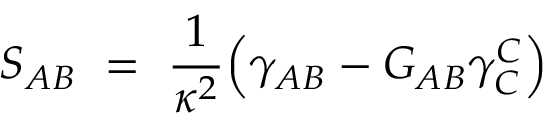
S _ { A B } \ = \ \frac { 1 } { \kappa ^ { 2 } } \Big ( \gamma _ { A B } - G _ { A B } \gamma _ { C } ^ { C } \Big )